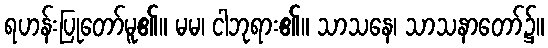
ရဟန်းပြုတော်မူ၏။ မမ၊ ငါဘုရား၏။ သာသနေ၊ သာသနာတော်၌။